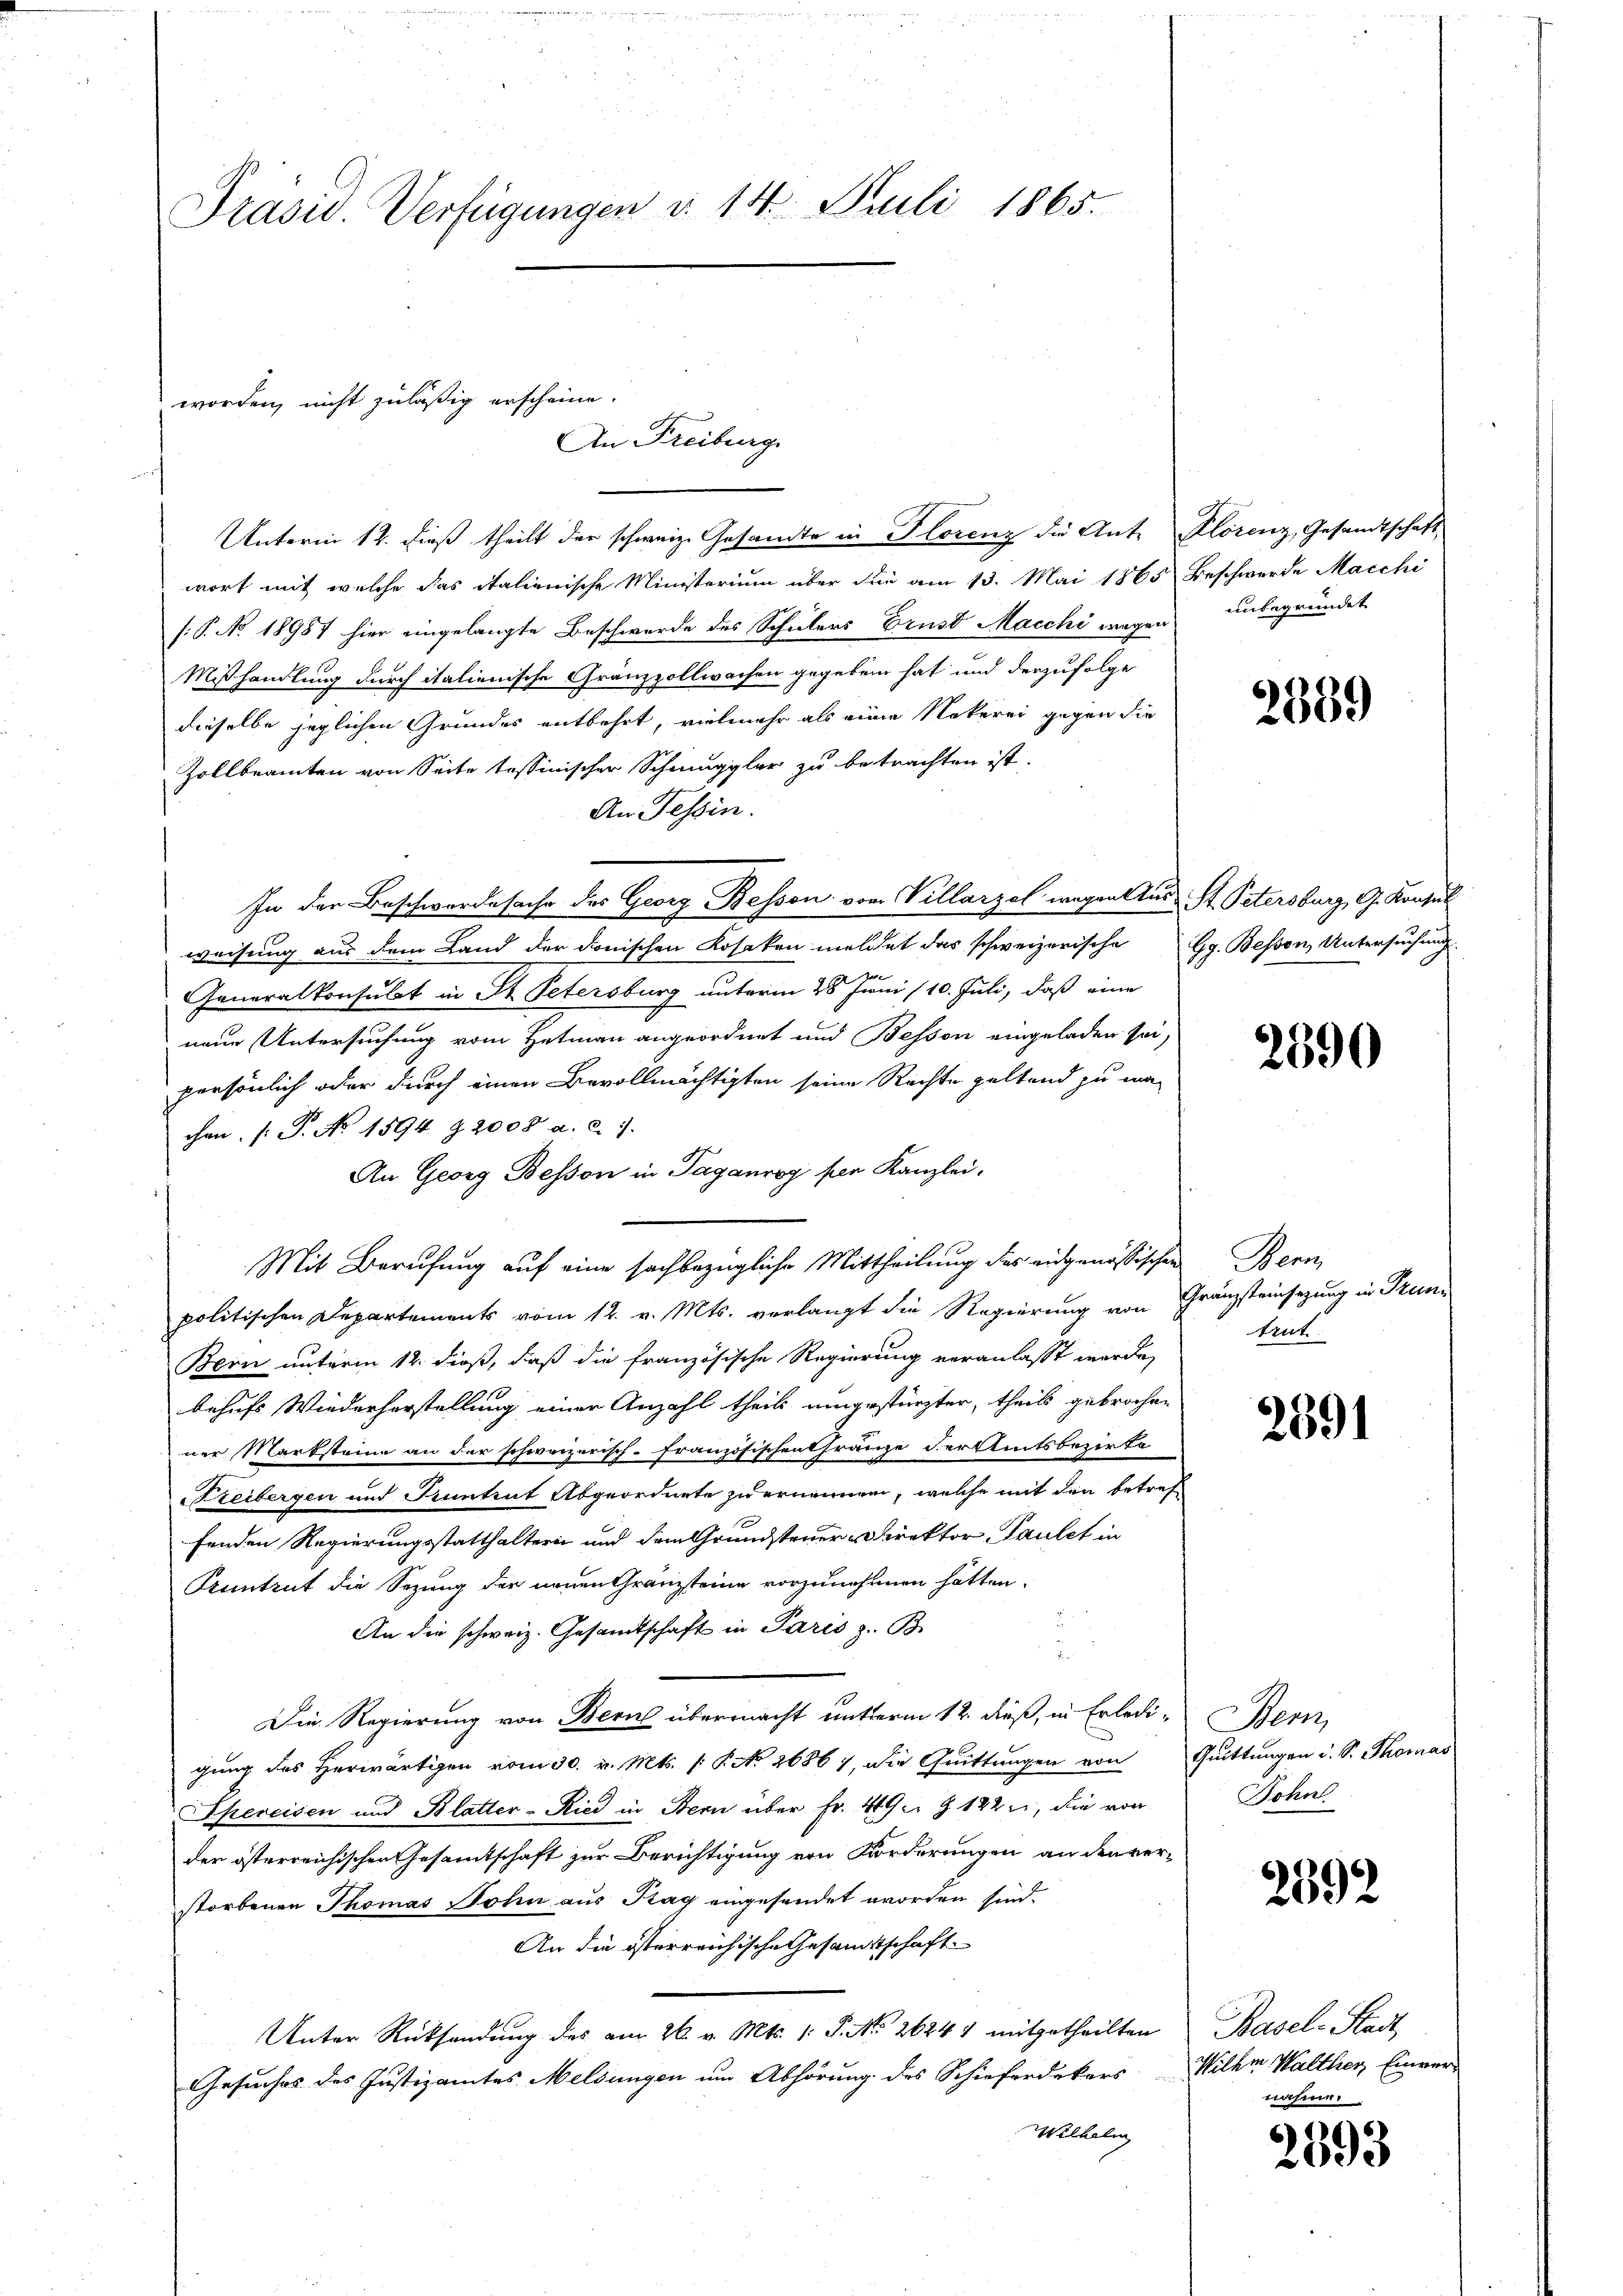
Präsid. Verfügungen d. 14. Juli 1865.

Unterm 12. dieß theilt der schweiz. Gesamte in Florenz die Ant. Florenz, Gesandtschaft
wort mit welche das italienische Ministerium über die am 13. Mai 1865 Beschwerde Macchi
s: P. No 18987 hier eingelangte Beschwerde des Schülers Brust Macchi wegen
Mißhandlung durch italienische Gränzzollwachen gegeben hat und derzufolge
dieselbe jeglichen Grundes entbehrt, vielmehr als eine Nokerei gegen die
Zollbeamten von Seite tessinischer Schmuggler zu betrachten ist.
An Tessin.
In der Beschwerdesache des Georg Besson vom Villarzel wegen aus St. Petersburg, G. Konsul
weisung aus dem Land der donischen Losaken meldet das schweizerische Gg. Bessen, Untersuchung.
Generalkonsulat in St. Petersburg unterm 28 Juni /10. Juli, daß eine
neue Untersuchung vom Hutmann angeordnet und Bessen eingeladen sei,
persönlich oder durch einen Bevollmächtigten seine Rechte geltend zu ma-
chen (S. No 1594. 92008 a. c. 7.
An Georg Besson in Taganroy per Kanzlei-
Mit Berufung auf eine sachbezügliche Mittheilung des eidgenössischen Bern
politischen Departements vom 12. v. Mts. verlangt die Regierung von Gränzsteinsezung in Trun¬
Bern unterm 12. dieß, daß die französische Regierung veranlasst werde,
behufs Wiederherstellung einer Anzahl theil eingestürzten, theils gebrochen
ner Marksteine an der schweizerisch-Französischen Gränze der Amtsbezirke
Freibergen und Kuntrut Abgeordnete zu ernennen, welche mit den betreffenden Regierungsstatthaltern und dem Grundsteuer Direktor Paulet in
Kuntrut die Sezung der neuen Gränzsteine vorzunehmen hätten.
An die schweiz. Gesandtschaft in Paris z. B.
Die Regierung von Berne übermacht unterm 12. dieß, in Erledigung des Herwärtigen vom 30. v. Mts. 1. P. No 26867, die Quittungen von Quittungen u. S. Thomas
hereisen und Blatter-Ried in Bern über Fr. 449 u. § 122, die von
der österreichischen Gesamtschaft zur Berichtigung von Forderungen an den verstorbenen Thomas Sohn aus Tag eingesendet worden sind.
An die österreichische Gesandtschaft
Unter Rücksendung des am 26. v. Mts. 1. P. No. 26241 mitgetheilten
Gesuches des Justizamtes Meldungen um Abhörung des Schieferdekers Wilhm Walther, Einver-
Wilhelm

worden, nicht zuläßig erscheine.
An Freiburg

unbegründet

2599

2390

trut

2391

Bem,
Johnl

2392

Basel-Stadt
nahme.

2593